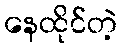
နေထိုင်တဲ့